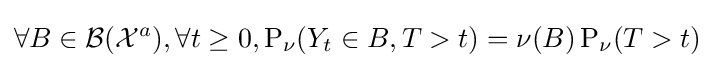
\forall B\in {\mathcal {B}}({\mathcal {X}}^{a}),\forall t\geq 0,\operatorname {P} _{\nu }(Y_{t}\in B,T>t)=\nu (B)\operatorname {P} _{\nu }(T>t)